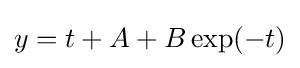
y=t+A+B\exp(-t)